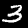
Digit: 3